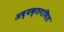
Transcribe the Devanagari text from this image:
अव्यक्तगणित